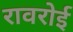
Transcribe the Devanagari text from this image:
रावरोई